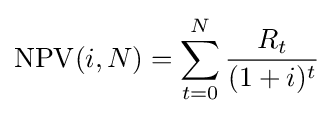
\mathrm {NPV} (i,N)=\sum _{t=0}^{N}{\frac {R_{t}}{(1+i)^{t}}}